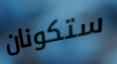
ستكونان